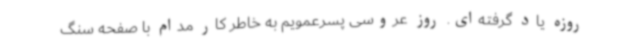
روزه یاد گرفته‌ای. روز عروسی پسرعمویم به خاطر کار مدام با صفحه سنگ